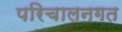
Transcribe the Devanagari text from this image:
परिचालनगत